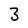
Character: 3